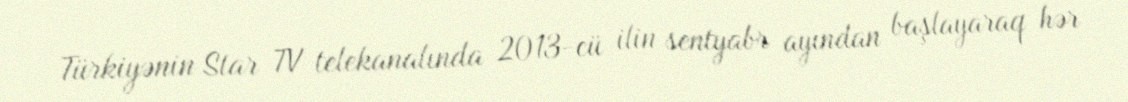
Türkiyənin Star TV telekanalında 2013-cü ilin sentyabr ayından başlayaraq hər